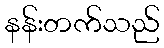
နန်းတက်သည်